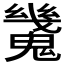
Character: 𩴆